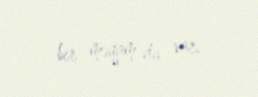
bir məqam da var.